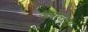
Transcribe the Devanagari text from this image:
अप्रोचेस